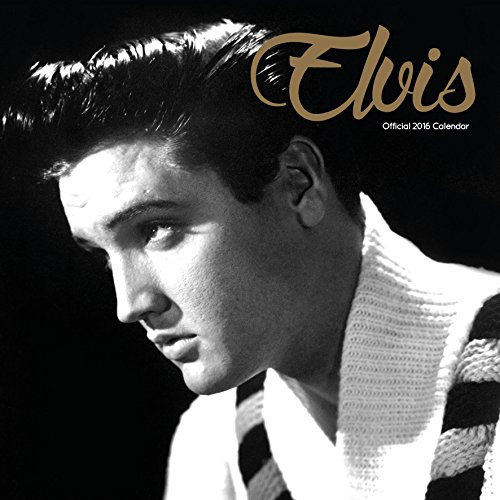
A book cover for The Official Elvis 2016 Square Calendar; Calendars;